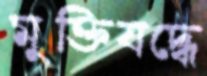
মুক্তিযদ্ধে